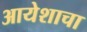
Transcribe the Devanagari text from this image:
आयेशाचा